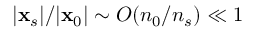
| \mathbf { x } _ { s } | / | \mathbf { x } _ { 0 } | \sim O ( n _ { 0 } / n _ { s } ) \ll 1